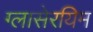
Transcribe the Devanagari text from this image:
ग्लासेरयिम